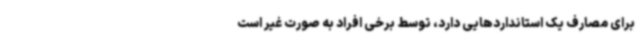
برای مصارف یک استانداردهایی دارد، توسط برخی افراد به صورت غیر است